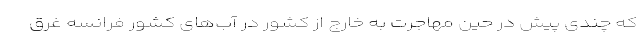
که چندی پیش در حین مهاجرت به خارج از کشور در آب‌های کشور فرانسه غرق